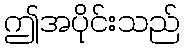
ဤအပိုင်းသည်